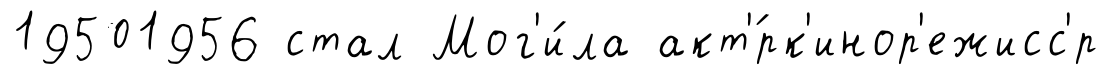
19501956 стал Мог'и́ла акт'́рк'инор'ежисс'р